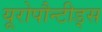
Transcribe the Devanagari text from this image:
यूरोपौन्टीड्स